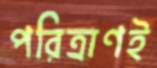
পরিত্রাণই